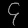
Digit: ၄